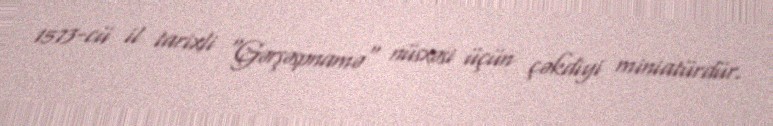
1573-cü il tarixli "Gərşəspnamə" nüsxəsi üçün çəkdiyi miniatürdür.